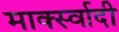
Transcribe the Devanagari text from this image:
मार्क्स्वादी